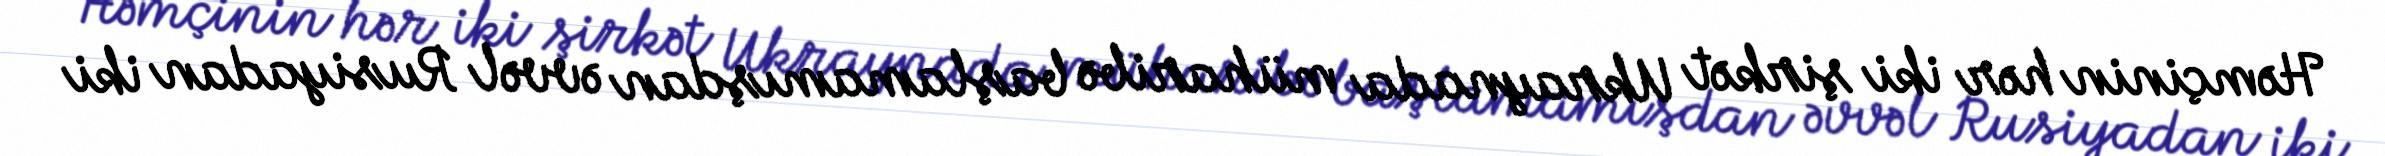
Həmçinin hər iki şirkət Ukraynada müharibə başlamamışdan əvvəl Rusiyadan iki